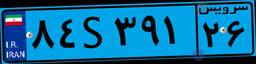
۵۷S۵۶۹۴۱